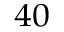
^ { 4 0 }